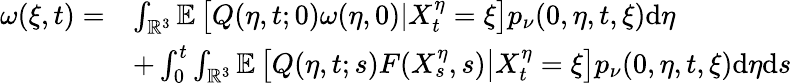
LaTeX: \begin{array}{rl}{\omega(\xi,t)=}&{\int_{\mathbb{R}^{3}}\mathbb{E}\left[\left.Q(\eta,t;0)\omega(\eta,0)\right|X_{t}^{\eta}=\xi\right]p_{\nu}(0,\eta,t,\xi)\mathrm{d}\eta}\\ &{+\int_{0}^{t}\int_{\mathbb{R}^{3}}\mathbb{E}\left[\left.Q(\eta,t;s)F(X_{s}^{\eta},s)\right|X_{t}^{\eta}=\xi\right]p_{\nu}(0,\eta,t,\xi)\mathrm{d}\eta\mathrm{d}s}\end{array}